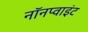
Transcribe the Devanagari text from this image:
नॉनप्वाइंट